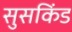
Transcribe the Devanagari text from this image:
सुसकिंड